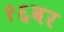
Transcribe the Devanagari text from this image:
१६वर